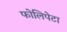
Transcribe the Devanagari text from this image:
फोलिपेटा